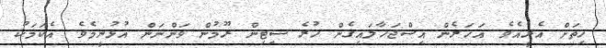
ހިތަށް އެރީއެވެ. އަހަރެން އިސްޖަހާލައިގެން ހުރެ ސިޓިން ރޫމުން ވަންނަން އުޅުނީމެވެ. އެކަމަކު